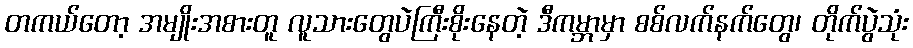
တကယ်တော့ အမျိုးအစားတူ လူသားတွေပဲကြီးစိုးနေတဲ့ ဒီကမ္ဘာမှာ စစ်လက်နက်တွေ၊ တိုက်ပွဲသုံး